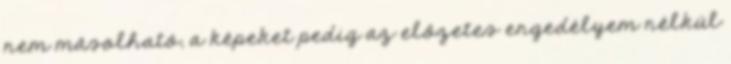
nem másolható, a képeket pedig az előzetes engedélyem nélkül